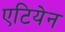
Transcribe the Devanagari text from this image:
एटियेन